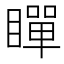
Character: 𭿞